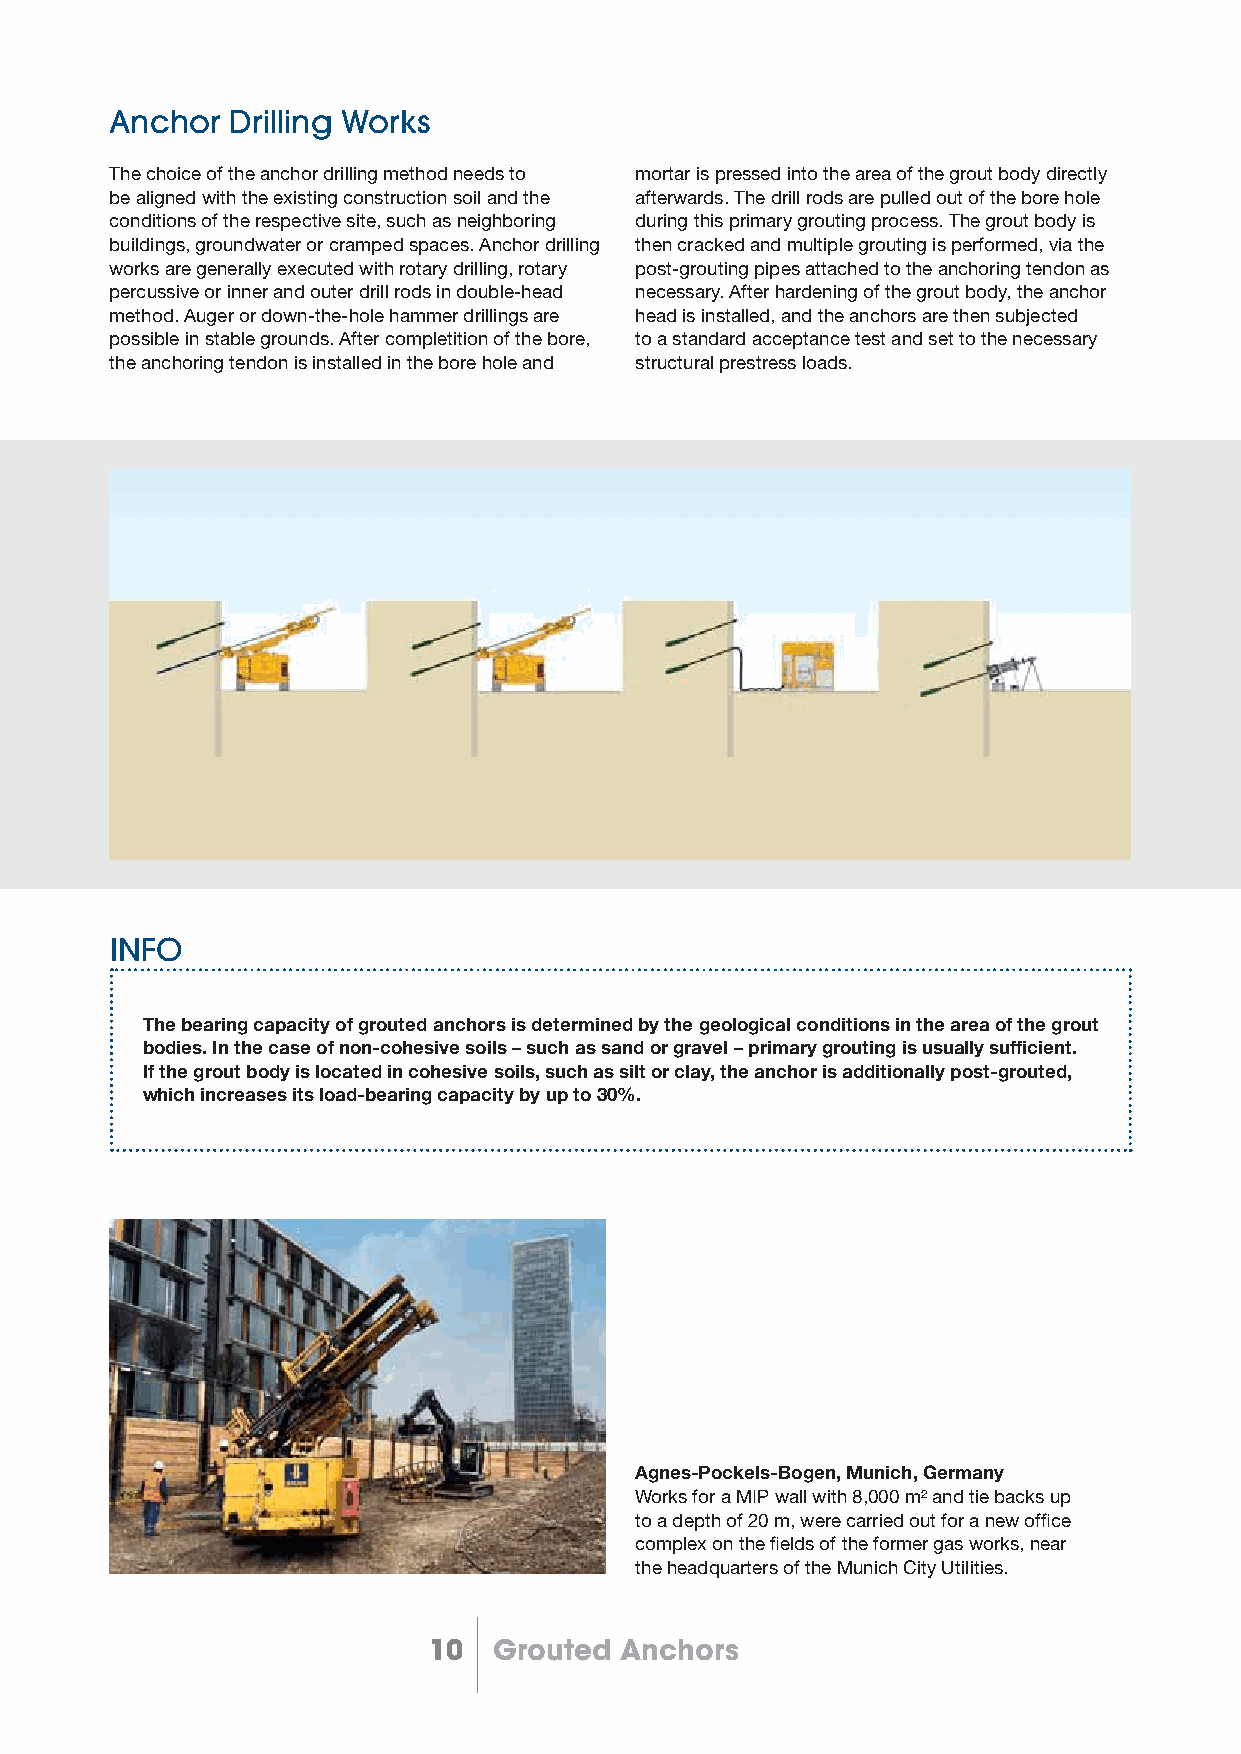
Anchor  Drilling Works
 The choice of the anchor drilling method needs to mortar is pressed into the area of the grout body directly
 be aligned with the existing construction soil and the afterwards. The drill rods are pulled out of the bore hole
 conditions of the respective site, such as neighboring during this primary grouting process. The grout body is
 buildings, groundwater or cramped spaces. Anchor drilling then cracked and multiple grouting is performed, via the
 works are generally executed with rotary drilling, rotary post-grouting pipes attached to the anchoring tendon as
 percussive or inner and outer drill rods in double-head necessary. After hardening of the grout body, the anchor
 method. Auger or down-the-hole hammer drillings are head is installed, and the anchors are then subjected
 possible in stable grounds. After completition of the bore, to a standard acceptance test and set to the necessary
 the anchoring tendon is installed in the bore hole and structural prestress loads.
 INFO
 The bearing capacity of grouted anchors is determined by the geological conditions in the area of the grout
 bodies. In the case of non-cohesive soils – such as sand or gravel – primary grouting is usually sufficient.
 If the grout body is located in cohesive soils, such as silt or clay, the anchor is additionally post-grouted,
 which increases its load-bearing capacity by up to 30%.
 Agnes-Pockels-Bogen, Munich, Germany
 Works for a MIP wall with 8,000 m² and tie backs up
 to a depth of 20 m, were carried out for a new offi ce
 complex on the fi elds of the former gas works, near
 the headquarters of the Munich City Utilities.
 10   Grouted Anchors